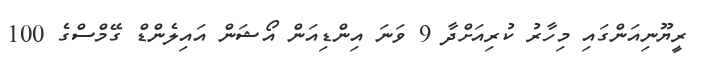
ރީޔޫނިއަންގައި މިހާރު ކުރިއަށްދާ 9 ވަނަ އިންޑިއަން އޯޝަން އައިލެންޑް ގޭމްސްގެ 100